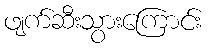
ဖျက်ဆီးသွားကြောင်း